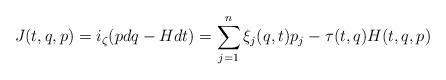
LaTeX: \begin{align*}J(t,q,p)=i_\zeta(pdq-Hdt)=\sum_{j=1}^n \xi_j(q,t)p_j-\tau(t,q)H(t,q,p)\end{align*}